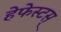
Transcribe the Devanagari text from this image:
हेफेस्टस्‌